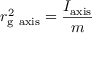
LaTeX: r _ { \mathrm { g } { \mathrm { ~ a x i s } } } ^ { 2 } = { \frac { I _ { \mathrm { a x i s } } } { m } }